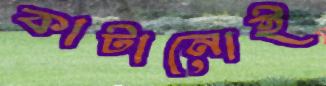
কাটানোই